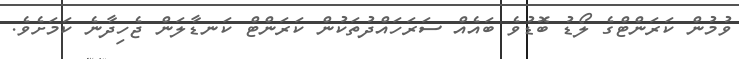
ވުމުން ކަރަންޓްގެ ލޯޑު ބޮޑުވެ ބައެއް ސަރަހައްދުތަކުން ކަރަންޓް ކަނޑާލަން ޖެހިދާނެ ކަމަށެވެ.